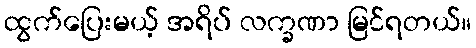
ထွက်ပြေးမယ့် အရိပ် လက္ခဏာ မြင်ရတယ်။